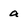
Character: a